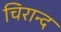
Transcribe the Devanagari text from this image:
चिरान्द